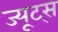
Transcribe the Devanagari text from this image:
ज्यूट्स